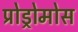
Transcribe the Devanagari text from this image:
प्रोड्रोमोस